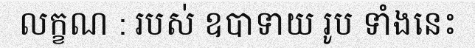
លក្ខណ : របស់ ឧបាទាយ រូប ទាំងនេះ